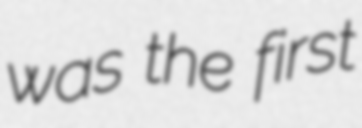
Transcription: was the first